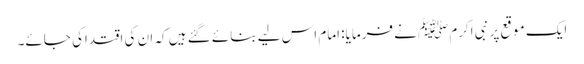
ایک موقع پر نبی اکرم ﷺنے فرمایا: امام اس لیے بنائے گئے ہیں کہ ان کی اقتداکی جائے۔